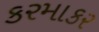
કરમાકર